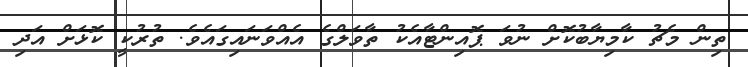
ތިން މެޗު ކާމިޔާބުކޮށް ނުވަ ޕޮއިންޓާއެކު ތާވަލްގެ އެއްވަނައިގައެވެ. ތުރުކީ ކޮޅަށް އަދި